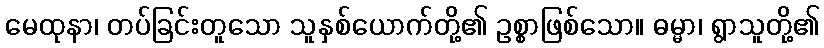
မေထုနာ၊ တပ်ခြင်းတူသော သူနှစ်ယောက်တို့၏ ဥစ္စာဖြစ်သော။ ဓမ္မာ၊ ရွာသူတို့၏